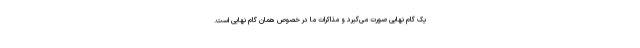
یک گام نهایی صورت می‌گیرد و مذاکرات ما در خصوص همان گام نهایی است.